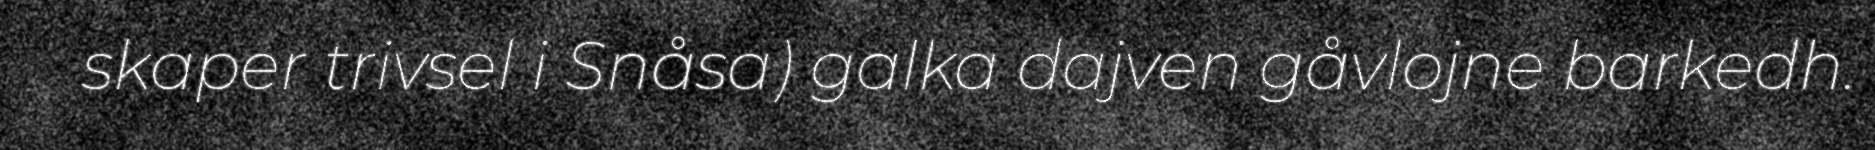
skaper trivsel i Snåsa) galka dajven gåvlojne barkedh.